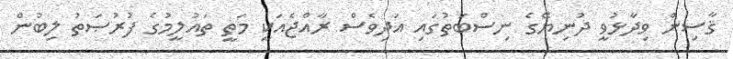
ޤާސިން ވިދާޅުވީ ދުނިޔޭގެ ނިސްބަތުގައި އަދިވެސް ރާއްޖެއަކީ މަތީ ތައުލީމުގެ ފުރުޞަތު ލިބުން